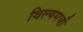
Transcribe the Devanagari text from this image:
विल्यमची